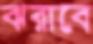
ঝরাবে